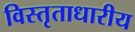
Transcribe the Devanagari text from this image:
विस्तृताधारीय